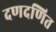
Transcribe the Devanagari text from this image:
दणदणित